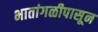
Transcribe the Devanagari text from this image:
भातांगळीपासून